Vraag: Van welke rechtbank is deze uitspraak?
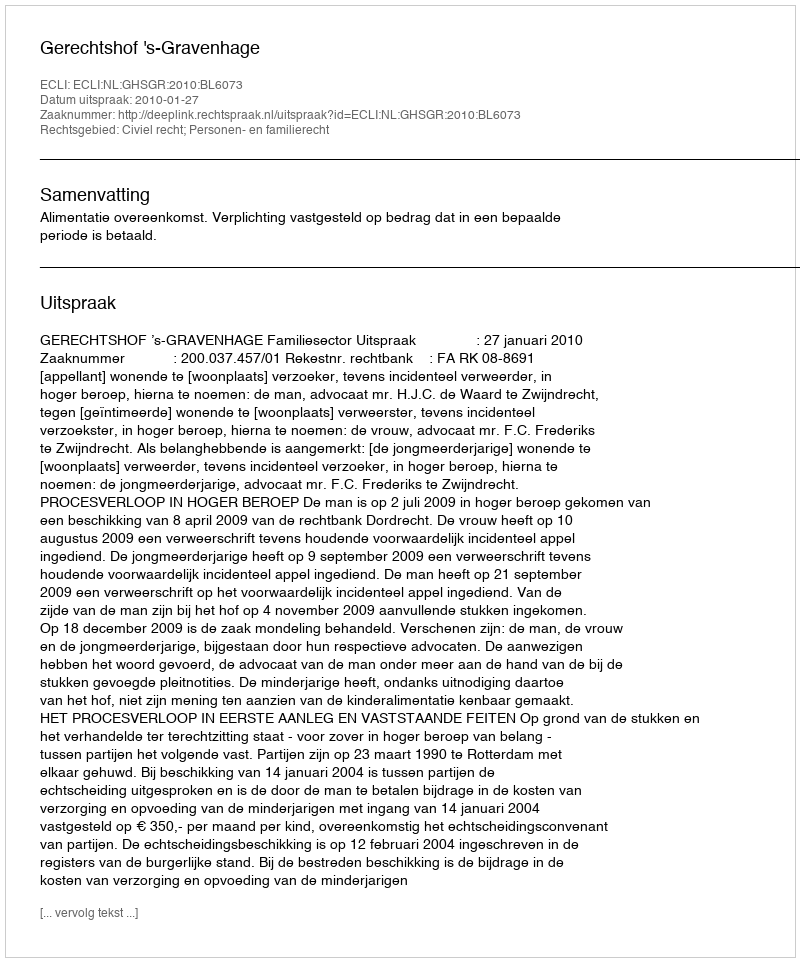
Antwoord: Gerechtshof 's-Gravenhage